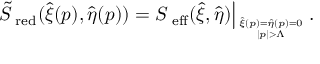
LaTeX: \left. \tilde { S } _ { \mathrm { \scriptsize ~ r e d } } ( \hat { \xi } ( p ) , \hat { \eta } ( p ) ) = S _ { \mathrm { \scriptsize ~ e f f } } ( \hat { \xi } , \hat { \eta } ) \right| _ { \hat { \xi } ( p ) = \hat { \eta } ( p ) = 0 \atop { | p | > \Lambda } } .